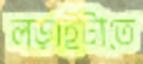
লড়াইটাতে